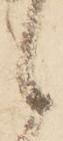
候